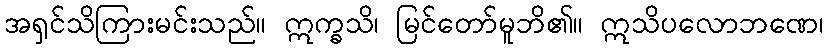
အရှင်သိကြားမင်းသည်။ ဣက္ခသိ၊ မြင်တော်မူဘိ၏။ ဣသိပလောဘဏေ၊